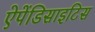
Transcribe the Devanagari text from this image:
ऐपेंडिसाइटिस